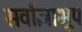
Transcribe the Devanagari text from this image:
सर्वाज्ञाभूप